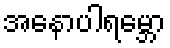
အနောပါရမ္ဘော